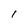
Character: l